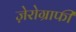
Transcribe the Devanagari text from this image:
ज़ेरोग्राफी